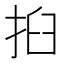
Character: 㧮